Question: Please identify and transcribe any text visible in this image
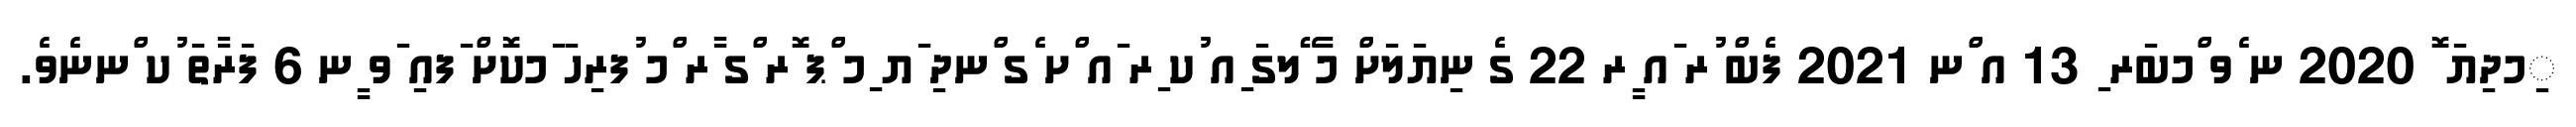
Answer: ިމދިޔަ ޮ 2020 ނ ެވ ްމބަރ ި 13 އ ްނ 2021 ފެބް ުރ ައ ީރ 22 ގެ ނިޔަލަށް މާ ޭލގަ ިއ ުކ ިރ ައ ްށ ެގ ްނދި ަޔ ިމ ްޕ ޮރ ްގ ާރ ްމ ުފރިހަ ަމކޮށް ަފއި ަވ ީނ 6 ފަރާތަ ުކ ްނނެވެ.